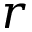
r